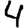
Digit: 4